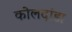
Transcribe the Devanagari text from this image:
कोलदांडा